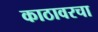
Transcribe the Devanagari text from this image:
काठावरचा